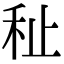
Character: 䄳